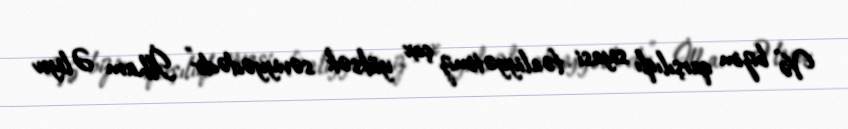
Və bizim qarşılıqlı siyasi fəaliyyətimiz çox yüksək səviyyədədir” İlham Əliyev